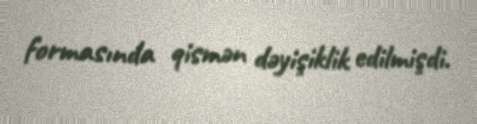
formasında qismən dəyişiklik edilmişdi.